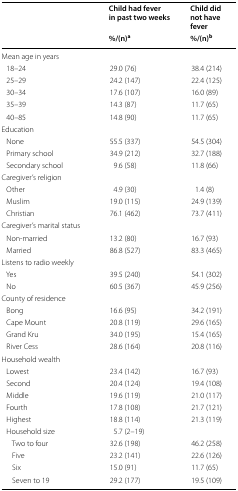
<table><thead><tr><td rowspan="2"></td><td><b>Child had fever in past two weeks</b></td><td><b>Child did not have fever</b></td></tr><tr><td><b>%/(n)<sup>a</sup></b></td><td><b>%/(n)<sup>b</sup></b></td></tr></thead><tbody><tr><td colspan="3">Mean age in years</td></tr><tr><td> 18–24</td><td>29.0 (76)</td><td>38.4 (214)</td></tr><tr><td> 25–29</td><td>24.2 (147)</td><td>22.4 (125)</td></tr><tr><td> 30–34</td><td>17.6 (107)</td><td>16.0 (89)</td></tr><tr><td> 35–39</td><td>14.3 (87)</td><td>11.7 (65)</td></tr><tr><td> 40–85</td><td>14.8 (90)</td><td>11.7 (65)</td></tr><tr><td colspan="3">Education</td></tr><tr><td> None</td><td>55.5 (337)</td><td>54.5 (304)</td></tr><tr><td> Primary school</td><td>34.9 (212)</td><td>32.7 (188)</td></tr><tr><td> Secondary school</td><td>9.6 (58)</td><td>11.8 (66)</td></tr><tr><td colspan="3">Caregiver’s religion</td></tr><tr><td> Other</td><td>4.9 (30)</td><td>1.4 (8)</td></tr><tr><td> Muslim</td><td>19.0 (115)</td><td>24.9 (139)</td></tr><tr><td> Christian</td><td>76.1 (462)</td><td>73.7 (411)</td></tr><tr><td colspan="3">Caregiver’s marital status</td></tr><tr><td> Non-married</td><td>13.2 (80)</td><td>16.7 (93)</td></tr><tr><td> Married</td><td>86.8 (527)</td><td>83.3 (465)</td></tr><tr><td colspan="3">Listens to radio weekly</td></tr><tr><td> Yes</td><td>39.5 (240)</td><td>54.1 (302)</td></tr><tr><td> No</td><td>60.5 (367)</td><td>45.9 (256)</td></tr><tr><td colspan="3">County of residence</td></tr><tr><td> Bong</td><td>16.6 (95)</td><td>34.2 (191)</td></tr><tr><td> Cape Mount</td><td>20.8 (119)</td><td>29.6 (165)</td></tr><tr><td> Grand Kru</td><td>34.0 (195)</td><td>15.4 (165)</td></tr><tr><td> River Cess</td><td>28.6 (164)</td><td>20.8 (116)</td></tr><tr><td colspan="3">Household wealth</td></tr><tr><td> Lowest</td><td>23.4 (142)</td><td>16.7 (93)</td></tr><tr><td> Second</td><td>20.4 (124)</td><td>19.4 (108)</td></tr><tr><td> Middle</td><td>19.6 (119)</td><td>21.0 (117)</td></tr><tr><td> Fourth</td><td>17.8 (108)</td><td>21.7 (121)</td></tr><tr><td> Highest</td><td>18.8 (114)</td><td>21.3 (119)</td></tr><tr><td> Household size</td><td>5.7 (2–19)</td><td></td></tr><tr><td>Two to four</td><td>32.6 (198)</td><td>46.2 (258)</td></tr><tr><td>Five</td><td>23.2 (141)</td><td>22.6 (126)</td></tr><tr><td>Six</td><td>15.0 (91)</td><td>11.7 (65)</td></tr><tr><td>Seven to 19</td><td>29.2 (177)</td><td>19.5 (109)</td></tr></tbody></table>